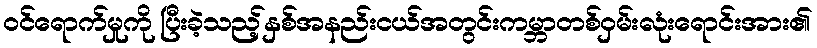
ဝင်ရောက်မှုကို ပြီးခဲ့သည့်နှစ်အနည်းငယ်အတွင်းကမ္ဘာတစ်ဝှမ်းလုံးရောင်းအား၏